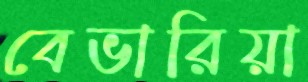
বেভারিয়া